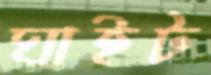
ঘাইট